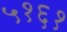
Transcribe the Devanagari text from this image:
५१६१